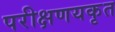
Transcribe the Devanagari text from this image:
परीक्षणयकृत